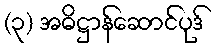
(၃) အဓိဋ္ဌာန်ဆောင်ပုဒ်